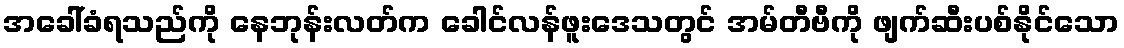
အခေါ်ခံရသည်ကို နေဘုန်းလတ်က ခေါင်လန်ဖူးဒေသတွင် အမ်တီဗီကို ဖျက်ဆီးပစ်နိုင်သော